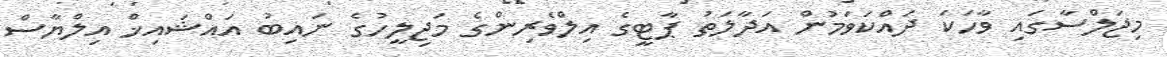
މިޖަލްސާގައި ވާހަކަ ދައްކަވަމުން އަދާލަތު ޕާޓީގެ އިލްވެރިންގެ މަޖިލީހުގެ ނައިބު އައްޝައިޚް އިލްޔާސް